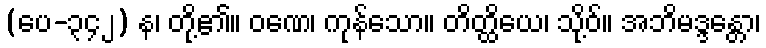
(ပေ-၃၄၂) န၊ တို့၏။ ဝဏေ၊ ကုန်သော။ တိတ္ထိယေ၊ သို့ဝ်။ အဘိမဒ္ဒန္တော၊